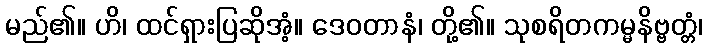
မည်၏။ ဟိ၊ ထင်ရှားပြဆိုအံ့။ ဒေဝတာနံ၊ တို့၏။ သုစရိတကမ္မနိဗ္ဗတ္တံ၊